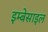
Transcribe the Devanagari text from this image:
इम्बेसाइल